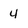
Character: 4